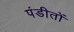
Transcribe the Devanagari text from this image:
पंडीतों